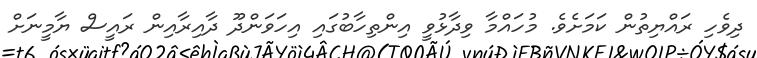
ދިވެހި ރައްޔިތުން ކަމަށެވެ. މުހައްމާ ވިދާޅުވީ އިންތިހާބުގައި އިހަވަންދޫ ދާއިރާއިން ރައީސް ޔާމީނަށް